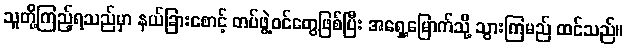
သူတို့ကြည့်ရသည်မှာ နယ်ခြားစောင့် တပ်ဖွဲ့ဝင်တွေဖြစ်ပြီး အရှေ့မြောက်သို့ သွားကြမည် ထင်သည်။